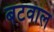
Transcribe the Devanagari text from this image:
बटवाल